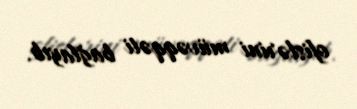
ofislərini müvəqqəti bağlayıb.